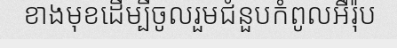
ខាងមុខដើម្បីចូលរួមជំនួបកំពូលអឺរ៉ុប